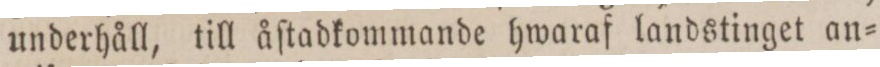
underhåll, till åſtadkommande hwaraf landstinget an=